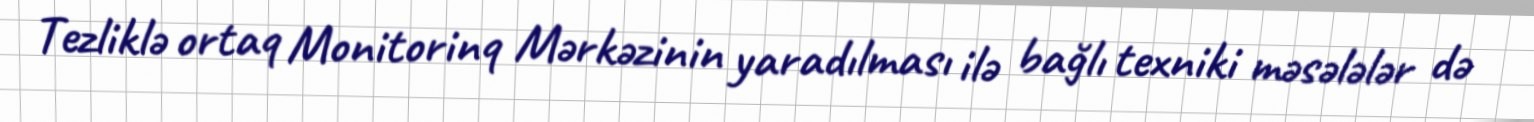
Tezliklə ortaq Monitorinq Mərkəzinin yaradılması ilə bağlı texniki məsələlər də